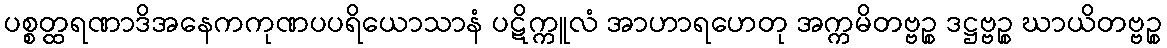
ပစ္စတ္ထရဏာဒိအနေကကုဏပပရိယောသာနံ ပဋိက္ကူလံ အာဟာရဟေတု အက္ကမိတဗ္ဗဉ္စ ဒဋ္ဌဗ္ဗဉ္စ ဃာယိတဗ္ဗဉ္စ